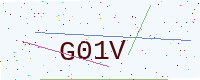
Text: G01V